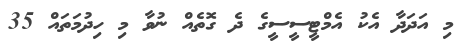
މި އަދަދާ އެކު އެމްޓީސީސީގެ ދެ ގޮތެއް ނުވާ މި ހިދުމަތައް 35